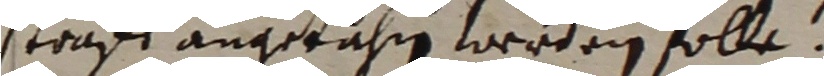
stauff angetahnen werden solle.